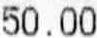
50.00